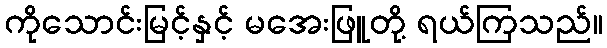
ကိုသောင်းမြင့်နှင့် မအေးဖြူတို့ ရယ်ကြသည်။